Report on vaccination in the Province of Bengal - 1869-1873
Year: 1869
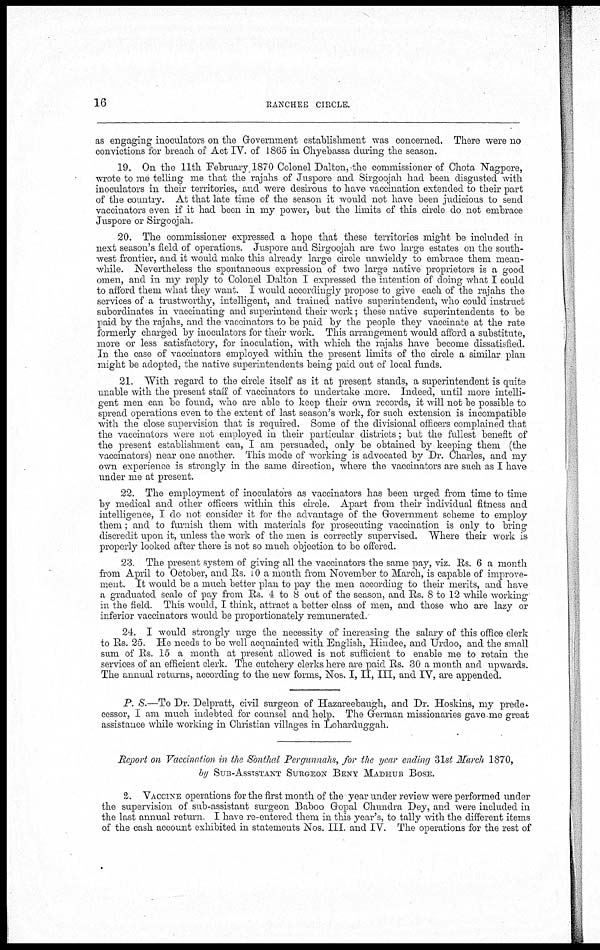
16
RANCHEE CIRCLE.
as engaging inoculators on the Government establishment was concerned. There were no
convictions for breach of Act IV. of 1865 in Chyebassa during the season.
19. On the 11th February, 1870 Colonel Dalton,-the commissioner of Chota Nagpore,
wrote to me telling me that the rajahs of Juspore and Sirgoojah had been disgusted with
inoculators in their territories, and were desirous to have vaccination extended to their part
of the country. At that late time of the season it would not have been judicious to send
vaccinators even if it had been in my power, but the limits of this circle do not embrace
Juspore or Sirgoojah.
20. The commissioner expressed a hope that these territories might be included in
next season's field of operations. Juspore and Sirgoojah are two large estates on the south-
west frontier, and it would make this already large circle unwieldy to embrace them mean-
while. Nevertheless the spontaneous expression of two large native proprietors is a good
omen, and in my reply to Colonel Dalton I expressed the intention of doing what I could
to afford them what they want. I would accordingly propose to give each of the rajahs the
services of a trustworthy, intelligent, and trained native superintendent, who could instruct
subordinates in vaccinating and superintend their work; these native superintendents to be
paid by the rajahs, and the vaccinators to be paid by the people they vaccinate at the rate
formerly charged by inoculators for their work. This arrangement would afford a substitute,
more or less satisfactory, for inoculation, with which the rajahs have become dissatisfied.
In the case of vaccinators employed within the present limits of the circle a similar plan
might be adopted, the native superintendents being paid out of local funds.
21. With regard to the circle itself as it at present stands, a superintendent is quite
unable with the present staff of vaccinators to undertake more. Indeed, until more intelli-
gent men can be found, who are able to keep their own records, it will not be possible to
spread operations even to the extent of last season's work, for such extension is incompatible
with the close supervision that is required. Some of the divisional officers complained that
the vaccinators were not employed in their particular districts; but the fullest benefit of
the present establishment can, I am persuaded, only be obtained by keeping them (the
vaccinators) near one another. This mode of working is advocated by Dr. Charles, and my
own experience is strongly in the same direction, where the vaccinators are such as I have
under me at present.
22. The employment of inoculators as vaccinators has been urged from time to time
by medical and other officers within this circle. Apart from their individual fitness and
intelligence, I do not consider it for the advantage of the Government scheme to employ
them; and to furnish them with materials for prosecuting vaccination is only to bring
discredit upon it, unless the work of the men is correctly supervised. Where their work is
properly looked after there is not so much objection to be offered.
23. The present system of giving all the vaccinators the same pay, viz. Rs. 6 a month
from April to October, and Rs. 10 a month from November to March, is capable of improve-
ment. It would be a much better plan to pay the men according to their merits, and have
a graduated scale of pay from Rs. 4 to 8 out of the season, and Rs. 8 to 12 while working
in the field. This would, I think, attract a better class of men, and those who are lazy or
inferior vaccinators would be proportionately remunerated.
24. I would strongly urge the necessity of increasing the salary of this office clerk
to Rs. 25. He needs to be well acquainted with English, Hindee, and Urdoo, and the small
sum of Rs. 15 a month at present allowed is not sufficient to enable me to retain the
services of an efficient clerk. The cutchery clerks here are paid Rs. 30 a month and upwards.
The annual returns, according to the new forms, Nos. I, II, III, and IV, are appended.
P. S.—To Dr. Delpratt, civil surgeon of Hazareebaugh, and Dr. Hoskins, my prede¬
cessor, I am much indebted for counsel and help. The German missionaries gave me great
assistance while working in Christian villages in Loharduggah.
Report on Vaccination in the Sonthad Pergunnahs, for the year ending 31st March 1870,
by SUB-ASSISTANT SURGEON BENY MADHUB BOSE.
2. VACCINE operations for the first month of the year under review were performed under
the supervision of sub-assistant surgeon Baboo Gopal Chundra Dey, and were included in
the last annual return. I have re-entered them in this year's, to tally with the different items
of the cash account exhibited in statements Nos. III. and IV. The operations for the rest of